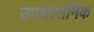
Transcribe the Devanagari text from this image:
उपशासनिक